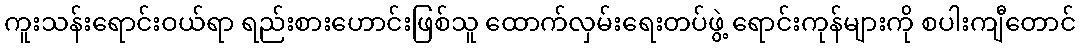
ကူးသန်းရောင်းဝယ်ရာ ရည်းစားဟောင်းဖြစ်သူ ထောက်လှမ်းရေးတပ်ဖွဲ့ ရောင်းကုန်များကို စပါးကျီတောင်